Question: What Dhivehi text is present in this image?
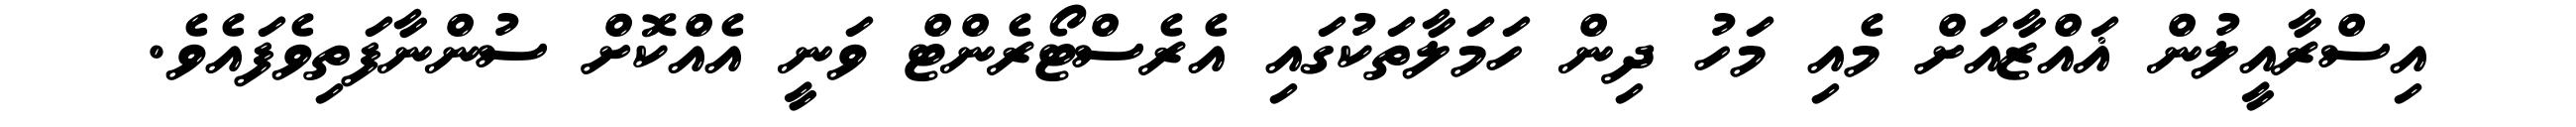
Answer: އިސްރާއީލުން ޣައްޒާއަށް މެއި މަހު ދިން ހަމަލާތަކުގައި އެރެސްޓޯރެންޓް ވަނީ އެއްކޮށް ސުންނާފަތިވެފައެވެ.